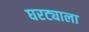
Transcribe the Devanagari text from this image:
घरट्याला